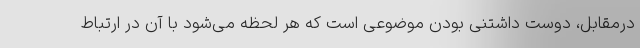
درمقابل، دوست داشتنی بودن موضوعی است که هر لحظه می‌شود با آن در ارتباط